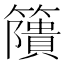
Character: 𥶐